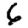
Digit: 6